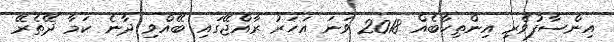
އިންސާފުވެރި އިންތިހާބެއް 2018 ވަަނަ އަހަރު ރާއްޖޭގައި ބޭއްވި ދާނެ ކަމާ ދޭތެރޭ